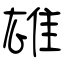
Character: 雄